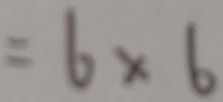
= 6 \times 6